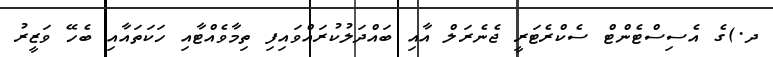
ދ.)ގެ އެސިސްޓެންޓް ސެކްރެޓަރީ ޖެނެރަލް އާއި ބައްދަލުކުރައްވައިފި ތިމާވެއްޓާއި ހަކަތައާއި ބެހޭ ވަޒީރު